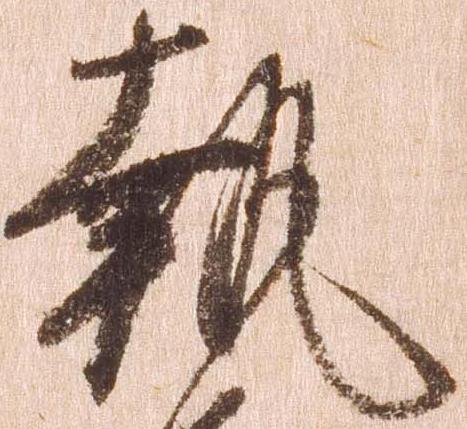
執